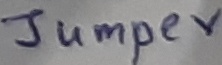
Text: Jumper